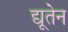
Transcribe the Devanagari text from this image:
द्यूतेन